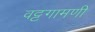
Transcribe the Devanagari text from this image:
वट्टगामणी